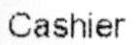
CASHIER